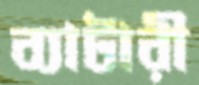
ব্যাটারী